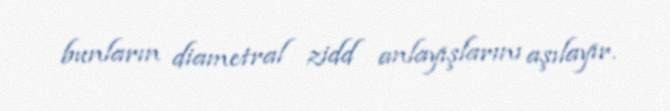
bunların diametral zidd anlayışlarını aşılayır.